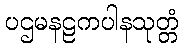
ပဌမနဠကပါနသုတ္တံ